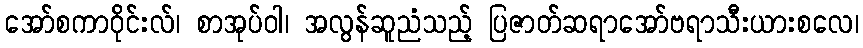
အော်စကာဝိုင်းလ်၊ စာအုပ်ဝါ၊ အလွန်ဆူညံသည့် ပြဇာတ်ဆရာအော်ဗရာသီးယားစလေ၊